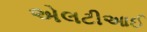
એલટીઆઈ